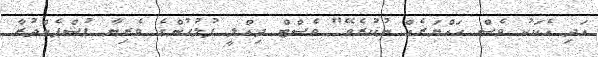
އަދި އެކަކު ވެސް ހައްޔަރެއް ނުކުރެވޭ" ވެސްޓް ދިއްލީ ފުލުހުންގެ ވެރިޔާ ޕުޝްޕެންދުރާ